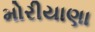
મોરીયાણા